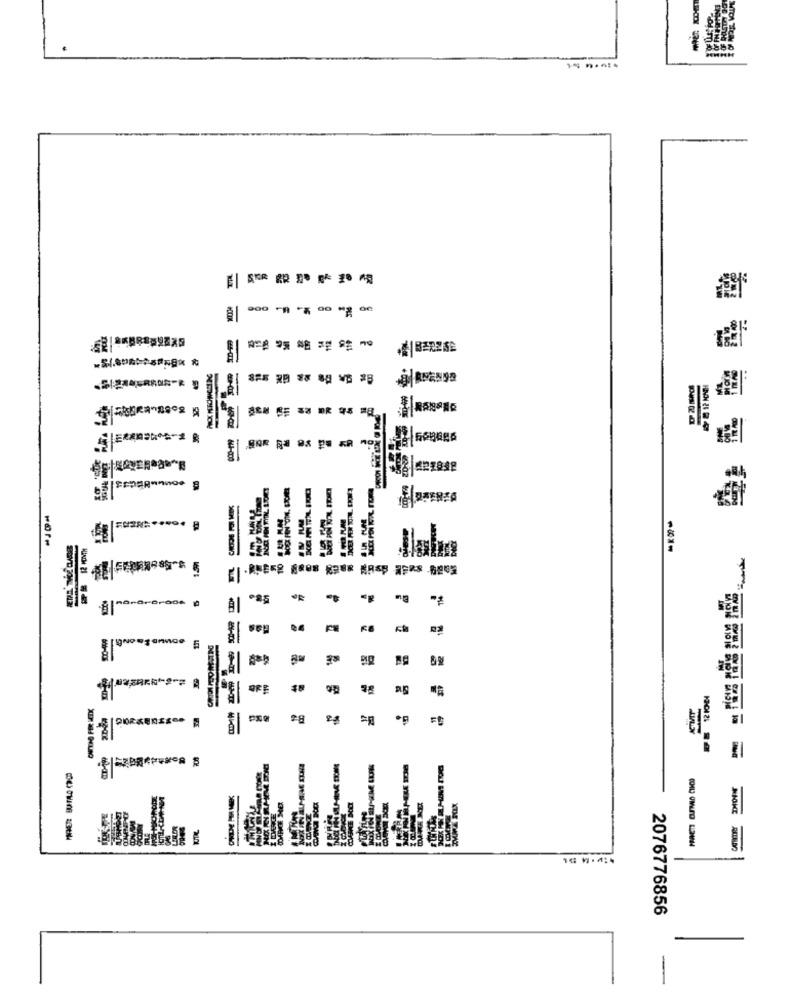
DR
--
---
8
das
---
=
NIOKE
RIELS WY B-ITE M
2076776856